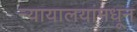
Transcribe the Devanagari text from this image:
न्यायालयांमधून